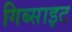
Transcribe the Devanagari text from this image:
गिब्साइट